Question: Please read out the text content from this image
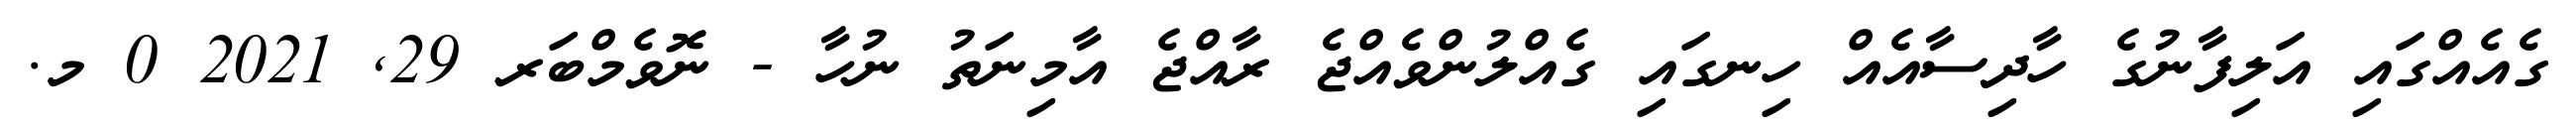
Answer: ގެއެއްގައި އަލިފާނުގެ ހާދިސާއެއް ހިނގައި ގެއްލުންވެއްޖެ ރާއްޖެ އާމިނަތު ނުހާ - ނޮވެމްބަރ 29, 2021 0 މ.